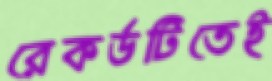
রেকর্ডটিতেই